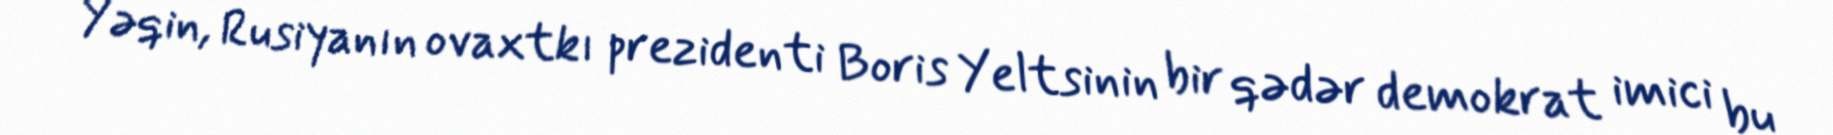
Yəqin, Rusiyanın ovaxtkı prezidenti Boris Yeltsinin bir qədər demokrat imici bu